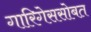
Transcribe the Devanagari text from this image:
गारिगेससोबत